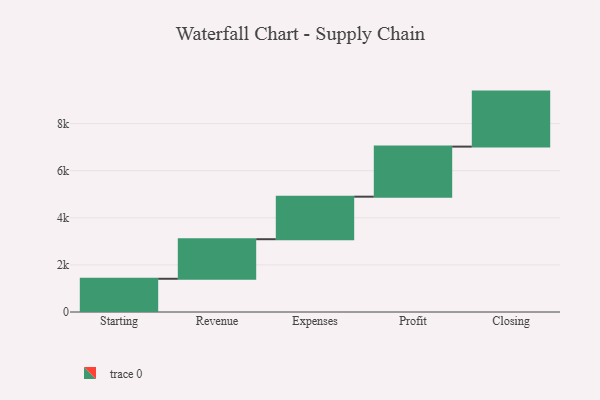
{"axis": {"x": "Step", "y": "Value"}, "legend": [""], "data": [{"x": "Starting", "y": 1411.0, "type": ""}, {"x": "Revenue", "y": 1680.0, "type": ""}, {"x": "Expenses", "y": 1806.0, "type": ""}, {"x": "Profit", "y": 2126.0, "type": ""}, {"x": "Closing", "y": 2336.0, "type": ""}]}